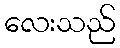
လေးသည်